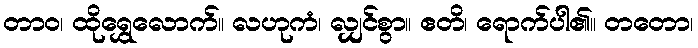
တာဝ၊ ထိုရွှေလောက်။ လဟုကံ၊ လျှင်စွာ။ ဧတိ၊ ရောက်ပါ၏။ တတော၊